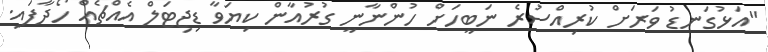
"އަޅުގަނޑު ވަރަށް ކުރިއްސުރެ ނަބީހަށް ހުންނާނީ ގުރުއާން ކިޔަވާ ޑިޖިޓަލް އެއްޗެއް ހޯދާފައި.